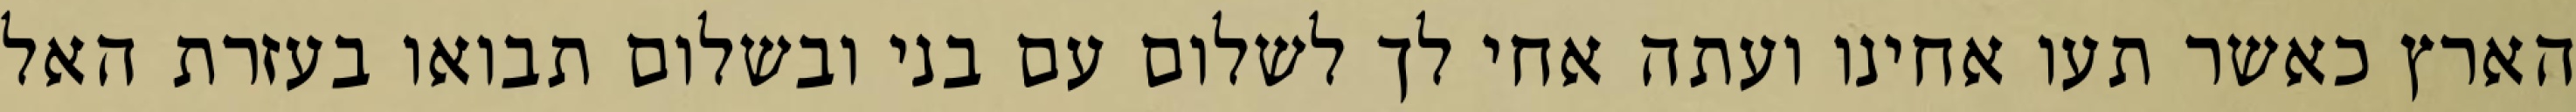
הארץ כאשר תעו אחינו ועתה אחי לך לשלום עם בני ובשלום תבואו בעזרת האל